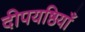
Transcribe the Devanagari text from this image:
दीपयष्ठियाँ